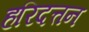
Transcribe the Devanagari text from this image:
हरिदत्तन